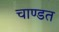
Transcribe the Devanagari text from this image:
चाण्डत